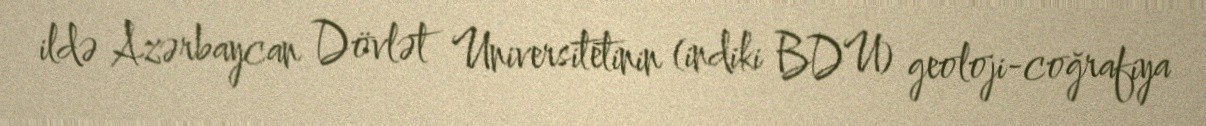
ildə Azərbaycan Dövlət Universitetinin (indiki BDU) geoloji-coğrafiya